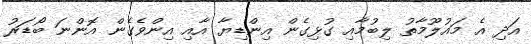
އަދި އެ މައުލޫމާތު ލިބުމާއި ގުޅިގެން އިންޑިޔާ އާއި އިންވެގެން އޮންނަ ބޯޑަރު